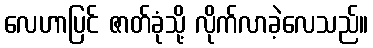
လေဟာပြင် ဇာတ်ခုံသို့ လိုက်လာခဲ့လေသည်။